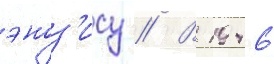
эноз'ису // В 1946